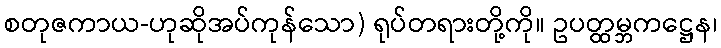
စတုဇကာယ-ဟုဆိုအပ်ကုန်သော) ရုပ်တရားတို့ကို။ ဥပတ္ထမ္ဘကဋ္ဌေန၊